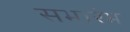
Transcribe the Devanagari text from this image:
सभारंभ